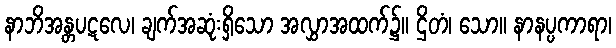
နာဘိအန္တပဋလေ၊ ချက်အဆုံးရှိသော အလွှာအထက်၌။ ဌိတံ၊ သော။ နာနပ္ပကာရာ၊